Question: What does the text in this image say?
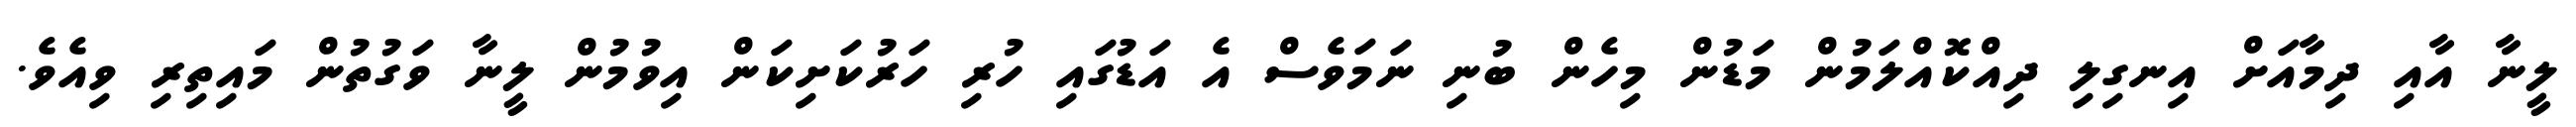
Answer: ލީނާ އާއި ދިމާއަށް އިނގިލި ދިއްކޮއްލަމުން މަޑުން މިހެން ބުނި ނަމަވެސް އެ އަޑުގައި ހުރި ހަރުކަށިކަން އިވުމުން ލީނާ ވަގުތުން މައިތިރި ވިއެވެ.